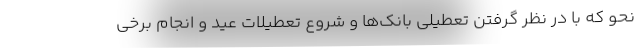
نحو که با در نظر گرفتن تعطیلی بانک‌ها و شروع تعطیلات عید و انجام برخی